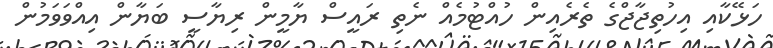
ހަޅޭކާއި އިހުތިޖާޖްގެ ތެރެއިން ހުއްޓުމެއް ނެތި ރައީސް ޔާމީން ރިޔާސީ ބަޔާން އިއްވަވަމުން